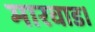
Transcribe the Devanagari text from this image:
मारवाड।